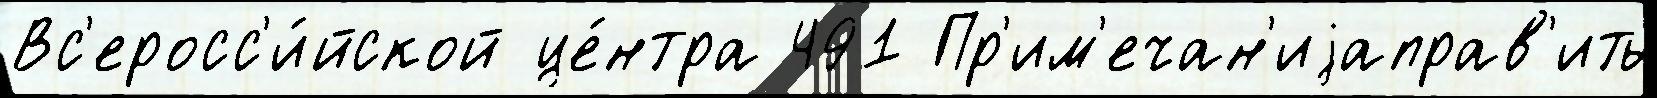
Вс'еросс'и́йской це́нтра 491 Пр'им'ечан'иjаправ'ить